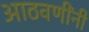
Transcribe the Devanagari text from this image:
आठवणींनी